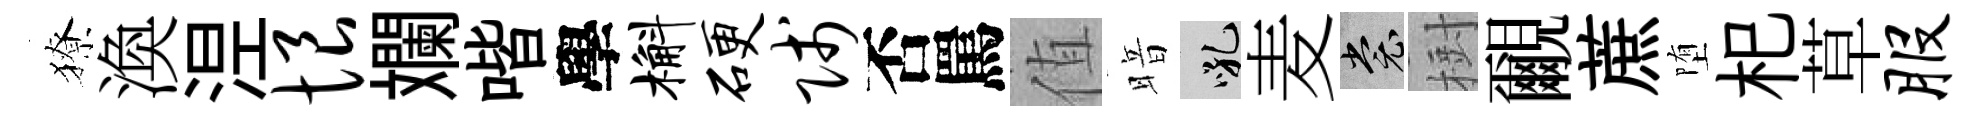
獠渙𣵀恨斕喈學槲硬贱否罵值暗吼麦裳𣗳覼蔗堕𣏌草服